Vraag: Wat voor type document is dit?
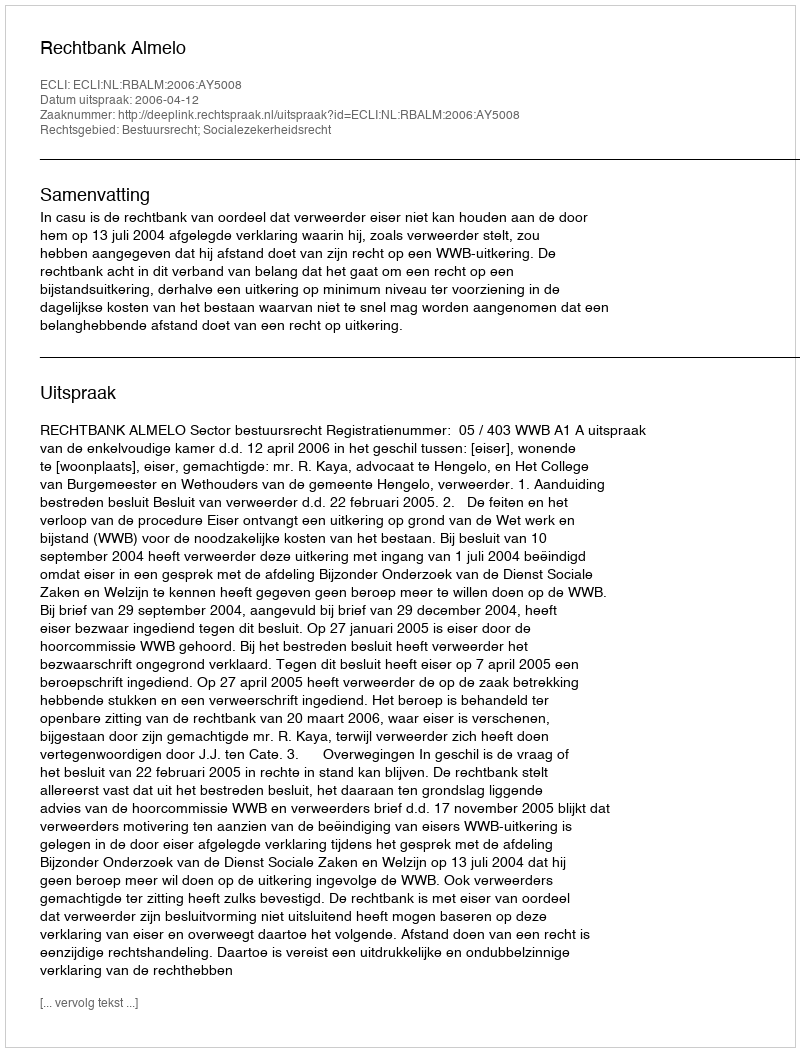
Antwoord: Uitspraak